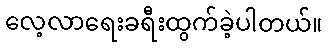
လေ့လာရေးခရီးထွက်ခဲ့ပါတယ်။